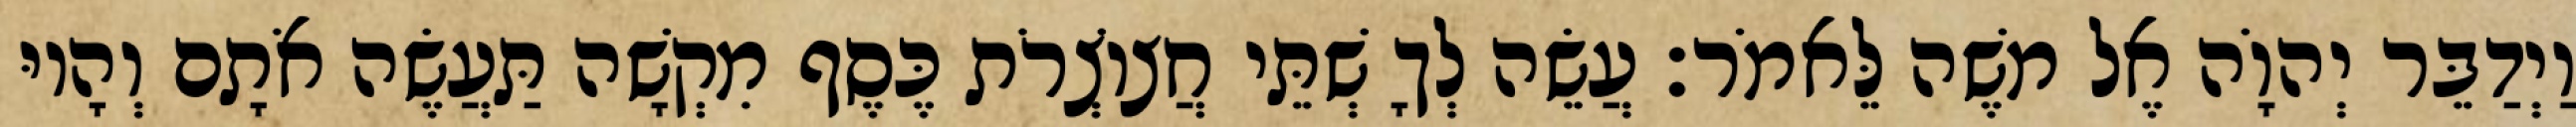
וַיְדַבֵּר יְהוָֹה אֶל משֶׁה לֵּאמֹר׃ עֲשֵׂה לְךָ שְׁתֵּי חֲצוֹצְרֹת כֶּסֶף מִקְשָׁה תַּעֲשֶׂה אֹתָם וְהָיוּ